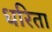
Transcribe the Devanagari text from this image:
धरिता